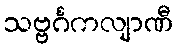
သဗ္ဗင်္ဂကလျာဏီ